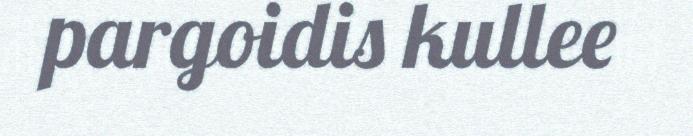
pargoidis kullee